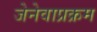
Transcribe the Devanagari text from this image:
जेनेवाप्रक्रम